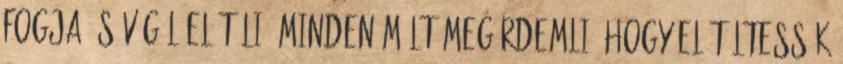
fogja és végül elítéli; minden múlt megérdemli, hogy elítéltessék